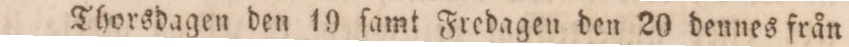
Thorsdagen den 19 ſamt Fredagen den 20 dennes från